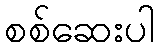
စစ်ဆေးပါ